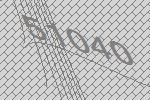
51040